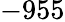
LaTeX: -955